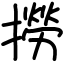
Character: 撈